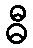
ဓီ